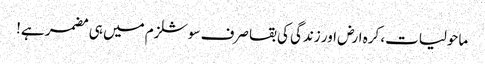
ماحولیات، کرہ ارض اور زندگی کی بقا صرف سوشلزم میں ہی مضمر ہے!